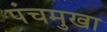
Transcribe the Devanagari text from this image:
पंचमुखा